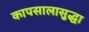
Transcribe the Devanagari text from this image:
कापसालासुद्धा